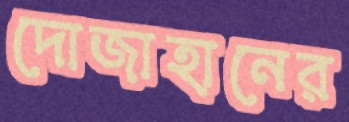
দোজাহানের